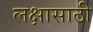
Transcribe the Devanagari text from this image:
लक्षासाठी